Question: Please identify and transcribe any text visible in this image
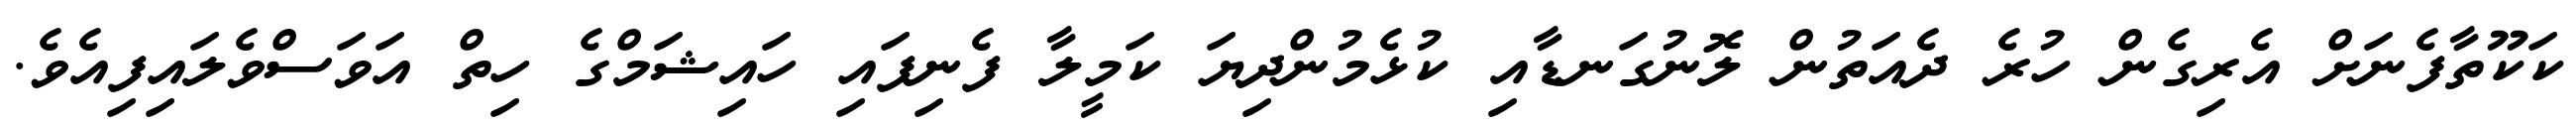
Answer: ކަކޫތާފެނަށް އެރިގެން ހުރެ ދެއަތުން ލޮނުގަނޑާއި ކުޅެމުންދިޔަ ކަމީލާ ފެނިފައި ހައިޝަމްގެ ހިތް އަވަސްވެލައިފިއެވެ.